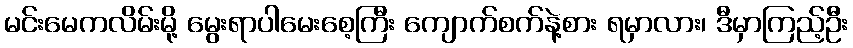
မင်းမေကလိမ်းမို့ မွေးရာပါမေးစေ့ကြီး ကျောက်စက်နဲ့စား ရမှာလား၊ ဒီမှာကြည့်ဦး